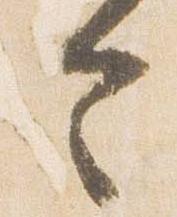
今